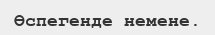
Өспегенде немене.